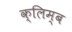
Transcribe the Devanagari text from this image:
क्लिम्ब